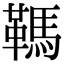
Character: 䩻